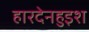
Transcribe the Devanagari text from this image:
हारदेनहुइश